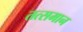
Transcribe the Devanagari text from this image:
तत्समान